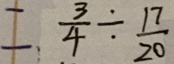
= \frac { 3 } { 4 } \div \frac { 1 7 } { 2 0 }